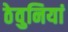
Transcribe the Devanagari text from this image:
ठेवुनियां